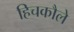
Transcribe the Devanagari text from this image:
हिचकौले